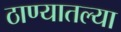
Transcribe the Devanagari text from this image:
ठाण्यातल्या